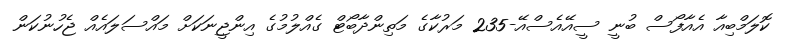
ކޮލަމްބިއާ އެއާފޯސް ބުނީ ސީއޭއެސްއޭ-235 މަރުކާގެ މަތިންދާބޯޓް ގެއްލުމުގެ އިންޖީނަކަށް މައްސަލައެއް ޖެހުނުކަން